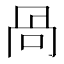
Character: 咼